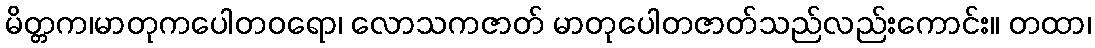
မိတ္တက၊မာတုကပေါတဝရော၊ လောသကဇာတ် မာတုပေါတဇာတ်သည်လည်းကောင်း။ တထာ၊